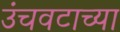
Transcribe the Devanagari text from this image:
उंचवटाच्या